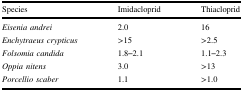
<table><thead><tr><td><b>Species</b></td><td><b>Imidacloprid</b></td><td><b>Thiacloprid</b></td></tr></thead><tbody><tr><td><i>Eisenia andrei</i></td><td>2.0</td><td>16</td></tr><tr><td><i>Enchytraeus crypticus</i></td><td>&gt;15</td><td>&gt;2.5</td></tr><tr><td><i>Folsomia candida</i></td><td>1.8–2.1</td><td>1.1–2.3</td></tr><tr><td><i>Oppia nitens</i></td><td>3.0</td><td>&gt;13</td></tr><tr><td><i>Porcellio scaber</i></td><td>1.1</td><td>&gt;1.0</td></tr></tbody></table>